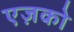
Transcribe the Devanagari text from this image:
एज़को